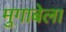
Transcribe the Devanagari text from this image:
मुगाबेला